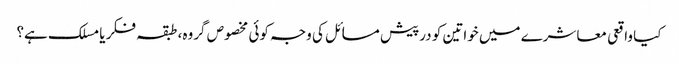
کیا واقعی معاشرے میں خواتین کو درپیش مسائل کی وجہ کوئی مخصوص گروہ، طبقہ فکر یا مسلک ہے؟